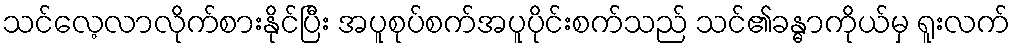
သင်လေ့လာလိုက်စားနိုင်ပြီး အပူစုပ်စက်အပူပိုင်းစက်သည် သင်၏ခန္ဓာကိုယ်မှ ရူးလက်